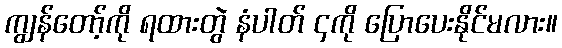
ကျွန်တော့်ကို ရထားတွဲ နံပါတ် ၄ကို ပြောပေးနိုင်မလား။